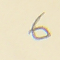
6